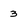
Character: 3